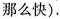
那么快).